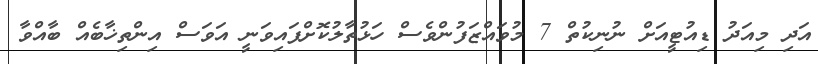
އަދި މިއަދު ޑިއުޓީއަށް ނުނިކުތް 7 މުވައްޒަފުންވެސް ހަޅުތާލުކޮށްފައިވަނީ އަވަސް އިންތިޚާބެއް ބާއްވާ